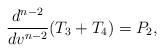
LaTeX: \begin{align*} \frac{d^{n-2}}{dv^{n-2}}(T_3+T_4)=P_2,\end{align*}